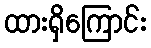
ထားရှိကြောင်း